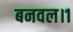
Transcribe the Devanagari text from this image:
बनवल।१